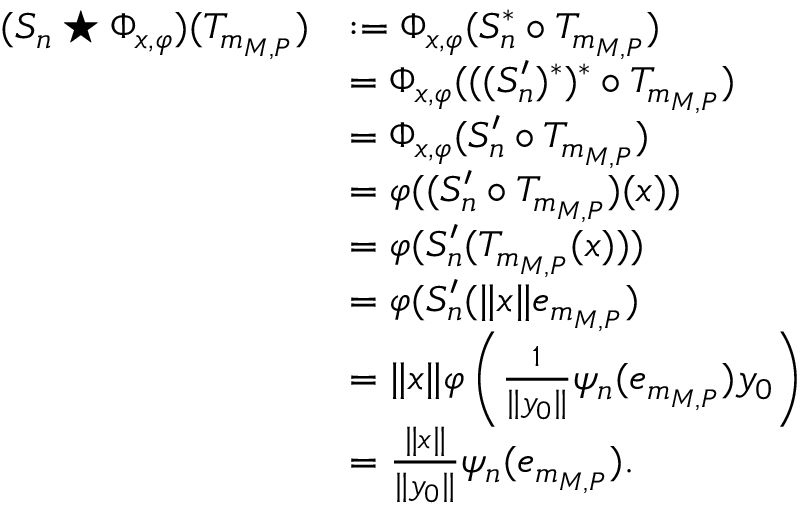
\begin{array} { r l } { ( S _ { n } \star \Phi _ { x , \varphi } ) ( T _ { m _ { M , P } } ) } & { : = \Phi _ { x , \varphi } ( S _ { n } ^ { * } \circ T _ { m _ { M , P } } ) } \\ & { = \Phi _ { x , \varphi } ( ( ( S _ { n } ^ { \prime } ) ^ { * } ) ^ { * } \circ T _ { m _ { M , P } } ) } \\ & { = \Phi _ { x , \varphi } ( S _ { n } ^ { \prime } \circ T _ { m _ { M , P } } ) } \\ & { = \varphi ( ( S _ { n } ^ { \prime } \circ T _ { m _ { M , P } } ) ( x ) ) } \\ & { = \varphi ( S _ { n } ^ { \prime } ( T _ { m _ { M , P } } ( x ) ) ) } \\ & { = \varphi ( S _ { n } ^ { \prime } ( \lVert x \rVert e _ { m _ { M , P } } ) } \\ & { = \lVert x \rVert \varphi \left( \frac { 1 } { \lVert y _ { 0 } \rVert } \psi _ { n } ( e _ { m _ { M , P } } ) y _ { 0 } \right) } \\ & { = \frac { \lVert x \rVert } { \lVert y _ { 0 } \rVert } \psi _ { n } ( e _ { m _ { M , P } } ) . } \end{array}